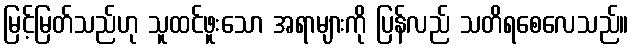
မြင့်မြတ်သည်ဟု သူထင်ဖူးသော အရာများကို ပြန်လည် သတိရစေလေသည်။